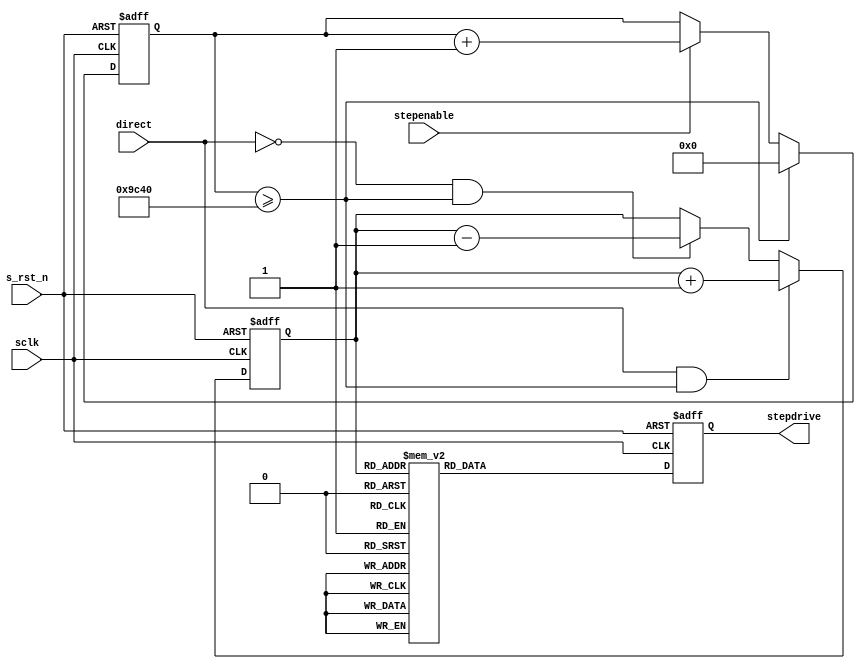
module  motor(
        // system signals 
        input                   sclk                    ,  
        input                   s_rst_n                 ,
        // input signals
        input                   direct                  , // 
        input                   stepenable              , // 
        //output signals
        output  reg     [ 3:0]  stepdrive
);
//============================================================\
// ========= Define Parameter and Internal Signals ==========
//============================================================/ 
//parameter       STEPLOCKOUT     =       32'd200_000             ; //250HZ
//parameter       STEPLOCKOUT     =       32'd20_000              ; //25HZ
parameter       STEPLOCKOUT     =       32'd40_000             ;

reg     [ 2:0]          state                           ; 
reg     [31:0]          stepcounter                     ; // 

//====================================================================
// ***************      Main    Code    ***************
//====================================================================

always @(posedge sclk or negedge s_rst_n) begin 
        if(!s_rst_n)
                stepcounter     <=      32'b0;
        else if(stepcounter >= STEPLOCKOUT)
                stepcounter     <=      32'b0; 
        else if(stepenable == 1'b1)
                stepcounter     <=      stepcounter + 31'b1;                
end

always @(posedge sclk or negedge s_rst_n) begin 
        if(!s_rst_n)
                state   <=      3'b0;
        else if(direct == 1'b1 && stepcounter >= STEPLOCKOUT)
                state   <=      state + 3'b001; 
        else if(direct == 1'b0 && stepcounter >= STEPLOCKOUT)
                state   <=      state - 3'b001; 
end

always @(posedge sclk or negedge s_rst_n) begin 
        if(!s_rst_n) 
                stepdrive       <=      4'b0;
        else case(state)
                3'b000: stepdrive       <=      4'b0001; 
                3'b001: stepdrive       <=      4'b0011; 
                3'b010: stepdrive       <=      4'b0010; 
                3'b011: stepdrive       <=      4'b0110; 
                3'b100: stepdrive       <=      4'b0100; 
                3'b101: stepdrive       <=      4'b1100; 
                3'b110: stepdrive       <=      4'b1000; 
                3'b111: stepdrive       <=      4'b1001; 
        endcase        
end

endmodule